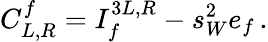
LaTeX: C_{L,R}^{f}=I_{f}^{3L,R}-s_{W}^{2}e_{f}\, .